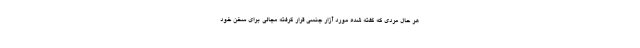
هر حال مردی که گفته شده مورد آزار جنسی قرار گرفته مجالی برای سخن خود